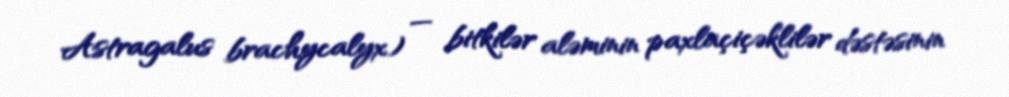
Astragalus brachycalyx) — bitkilər aləminin paxlaçiçəklilər dəstəsinin